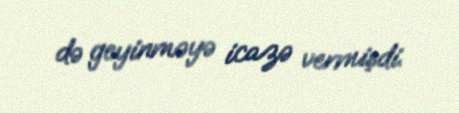
də geyinməyə icazə vermişdi.